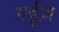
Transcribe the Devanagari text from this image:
ग़र्बूज़